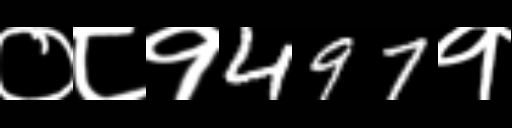
Text: ०८१497१